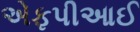
એફપીઆઈ